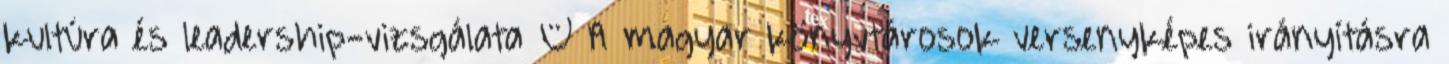
kultúra és leadership-vizsgálata – A magyar könyvtárosok versenyképes irányításra